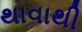
થાવાથી